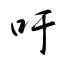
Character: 吁